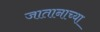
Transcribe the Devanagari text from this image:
जातानाच्या